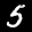
Label: 5